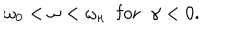
LaTeX: \omega _ { 0 } < \omega < \omega _ { \kappa } \; \; \mathrm { f o r } \; \; \gamma < 0 .